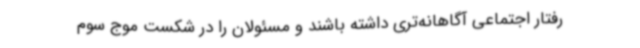
رفتار اجتماعی آگاهانه‌تری داشته باشند و مسئولان را در شکست موج سوم